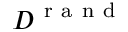
{ \cal D } ^ { \mathrm { ~ r ~ a ~ n ~ d ~ } }